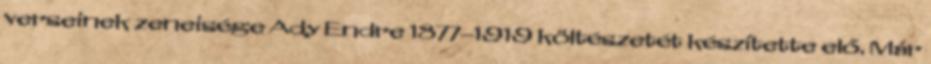
verseinek zeneisége Ady Endre 1877–1919 költészetét készítette elő. Már